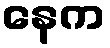
နေက